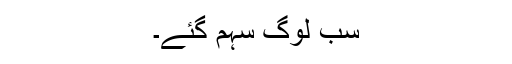
سب لوگ سہم گئے۔